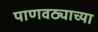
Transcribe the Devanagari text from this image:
पाणवठ्याच्‍या